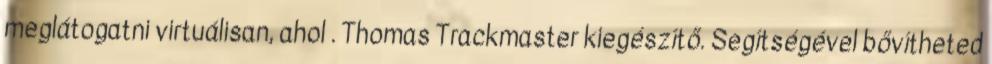
meglátogatni virtuálisan, ahol . Thomas Trackmaster kiegészítő. Segítségével bővítheted